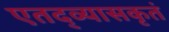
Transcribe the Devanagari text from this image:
एतद्व्यासकृतं